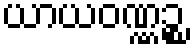
ယာယဝဏ္ဏဉ္စ